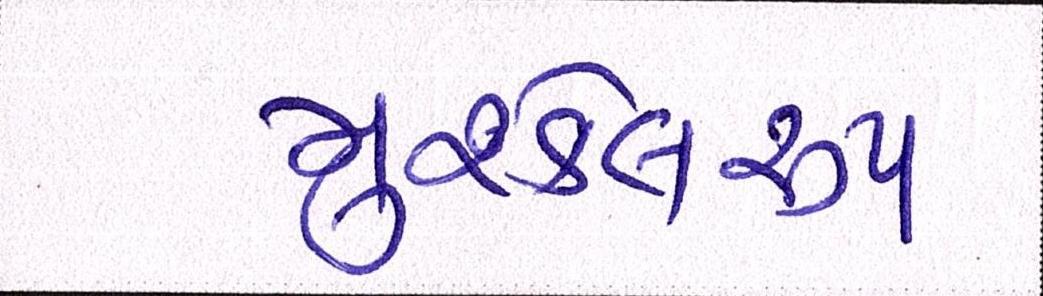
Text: મુશ્કેલરૂપ